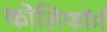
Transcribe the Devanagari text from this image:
कोलिफॉर्म